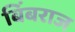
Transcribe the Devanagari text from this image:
बिंबराज